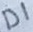
Text: D1